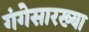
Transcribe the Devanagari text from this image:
गंगेसारख्या